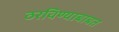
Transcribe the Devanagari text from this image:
ठरविण्याबाबत